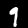
Label: 9